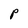
Character: P